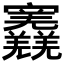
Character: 𡬎